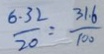
\frac { 6 . 3 2 } { 2 0 } = \frac { 3 1 . 6 } { 1 0 0 }